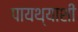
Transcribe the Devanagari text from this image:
पायथ्याशीं